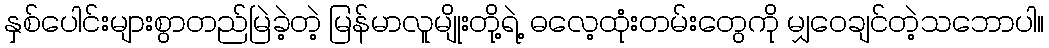
နှစ်ပေါင်းများစွာတည်မြဲခဲ့တဲ့ မြန်မာလူမျိုးတို့ရဲ့ ဓလေ့ထုံးတမ်းတွေကို မျှဝေချင်တဲ့သဘောပါ။